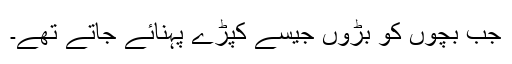
جب بچوں کو بڑوں جیسے کپڑے پہنائے جاتے تھے۔